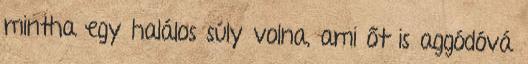
mintha egy halálos súly volna, ami őt is aggódóvá